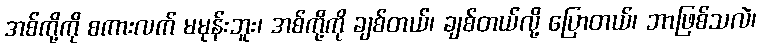
အစ်ကို့ကို စကားလက် မမုန်းဘူး၊ အစ်ကို့ကို ချစ်တယ်၊ ချစ်တယ်လို့ ပြောတယ်၊ ဘာဖြစ်သလဲ၊